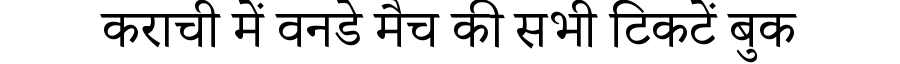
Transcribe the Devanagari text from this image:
कराची में वनडे मैच की सभी टिकटें बुक